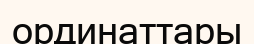
ординаттары